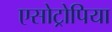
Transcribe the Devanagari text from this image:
एसोट्रोपिया